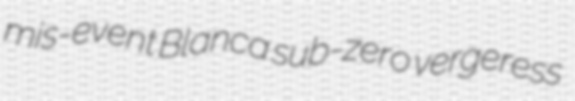
mis-event Blanca sub-zero vergeress